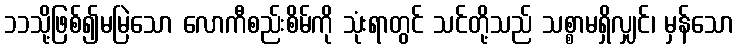
၁၁သို့ဖြစ်၍မမြဲသော လောကီစည်းစိမ်ကို သုံးရာတွင် သင်တို့သည် သစ္စာမရှိလျှင်၊ မှန်သော